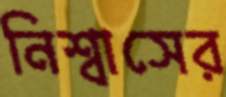
নিশ্বাসের